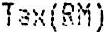
TAX(RM)